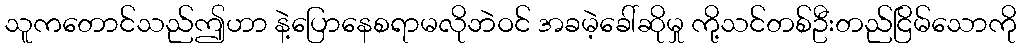
သူကတောင်သည်ဤဟာ နဲ့ပြောနေစရာမလိုဘဲဝင် အခမဲ့ခေါ်ဆိုမှု ကို့သင်တစ်ဦးတည်ငြိမ်သောကို